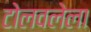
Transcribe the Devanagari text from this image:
टोलवलेला